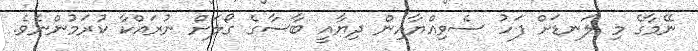
ނޭމާގެ މި ލަނޑަށް ފަހު ސެވިއްޔާއިން ދިޔާއީ ބާސާގެ ގޯލަށް ނުރައްކާ ކުރަމުންނެވެ.